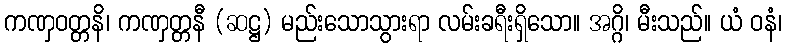
ကဏှဝတ္တနိ၊ ကဏှတ္တနီ (ဆဋ္ဌ) မည်းသောသွားရာ လမ်းခရီးရှိသော။ အဂ္ဂိ၊ မီးသည်။ ယံ ဝနံ၊